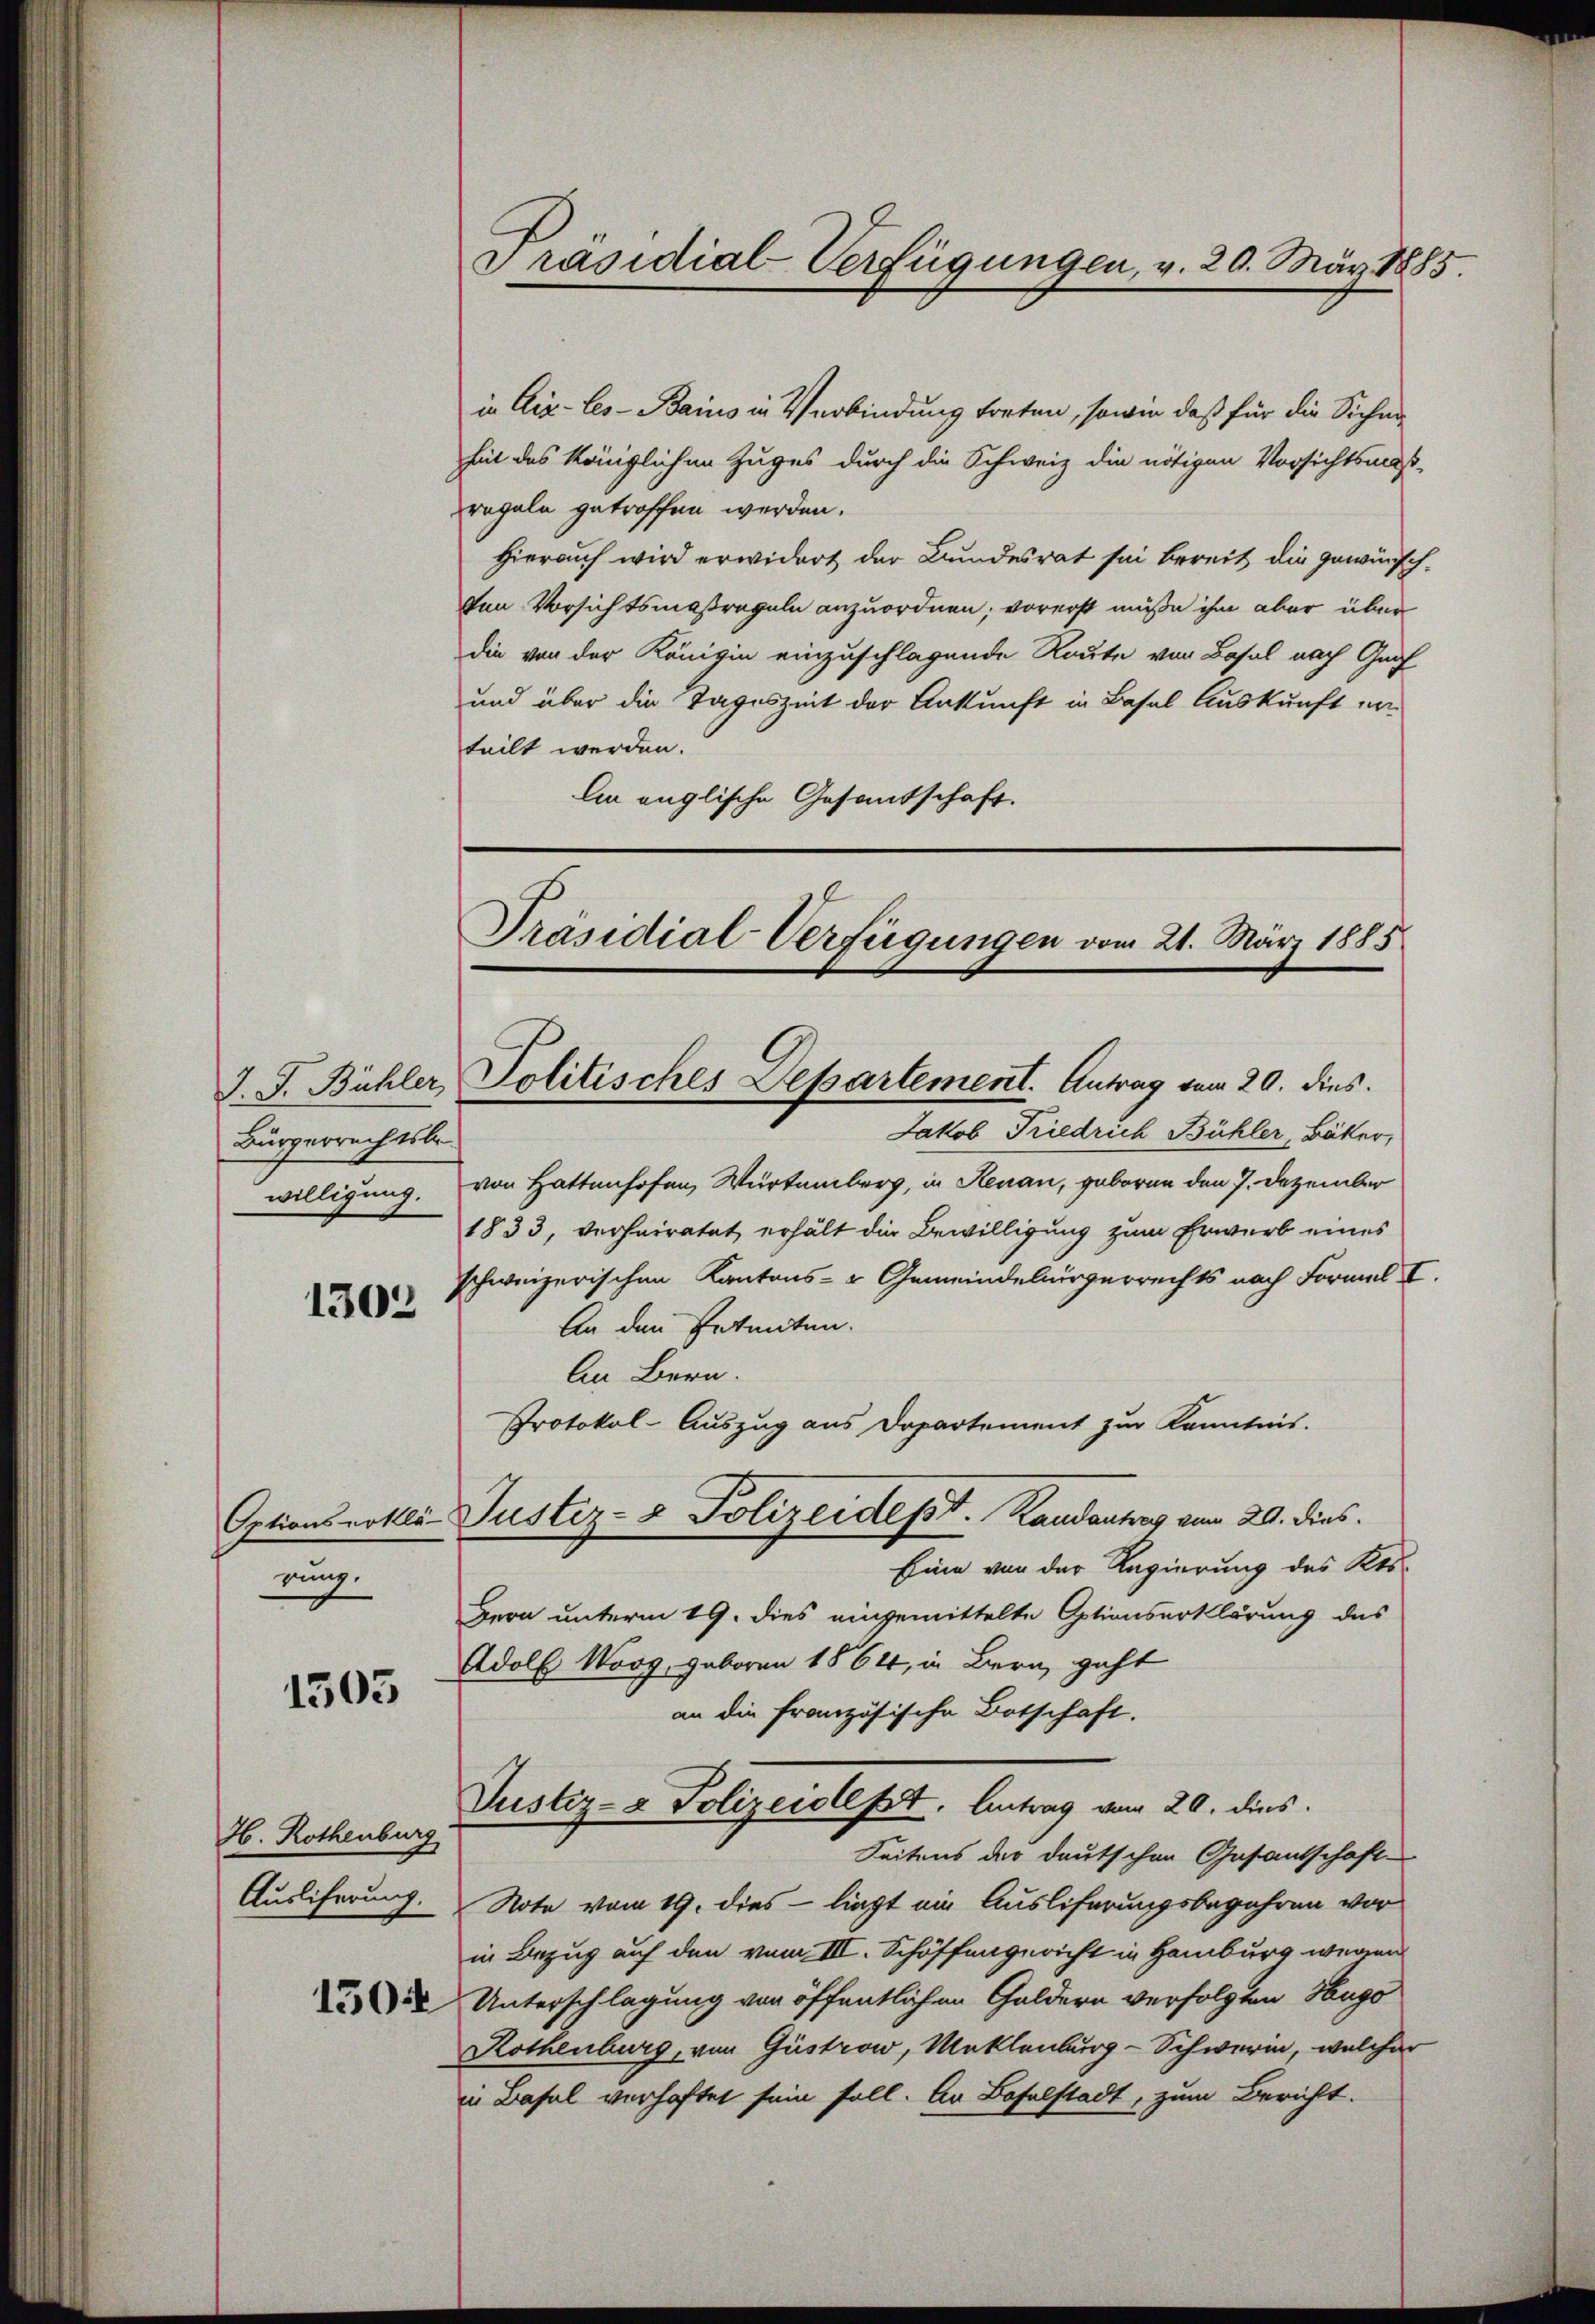
J. J. Bühler
Bürgerrechtsbe
willigung.

1303

Optionserklä-
rung.

1505

H. Rothenburg
Ausliferung.
1504

in Aix-les-Bains in Verbindung treten, sowie daß für die Sichen
heit des königlichen Zuges durch die Schweiz die nötigen Vorsichtsmass-
regeln getroffen werden.
Hierauf wird erwidert der Bundesrat sei bereit die gewünsch-
ven Vorsichtsmaßregeln anzuordnen; vorerst müße ihm aber über
die von der Königin einzuschlagende Route von Basel nach Graf
und über die Tageszeit der Ankunft in Basel Auskunft erteilt werden.
ln englische Gesandschaft.

Präsidial-Verfügungen, v. 20. März 1885.

Präsidial-Verfügungen vom 21. März 1885
Politisches Departement. Antrag vom 20. dies.

Jakob Friedrich Bühler Bäker,
von Hattenhofen, Würtemberg, in Renau, geboren den 7. Dezember
1833, verheiratet erhält die Bewilligung zum Erwerb eines
schweizerischen Kantons- & Gemeindebürgerrechts nach Formal I.
An den Petenten.
An Bern.
Protokol-Auszug aus Departement zur Kenntnis.
Eine von der Regierung des Kts.
Bern unterm 19. dies eingemittelte Optionserklärung des
Adolf Woog, geboren 1864, in Bern, geht
an die französische Botschaft.
Justiz- & Polizeidept. Antrag vom 20. dies
Seitens der deutschen Gesantschaft-
Note vom 19. dies - liegt ein Ausliferungsbegehren vorin Bezug auf den vom III. Schöffengericht in Hamburg wegen
Unterschlagung von öffentlichen Guldern verfolgten Hugo
Rothenburg, von Güstrow, Meklenburg-Schwerin, welcher
in Basel verhaftet sein soll. An Baselstadt, zum Bericht.

Justiz- & Polizeidest. Randantrag vom 20. dies